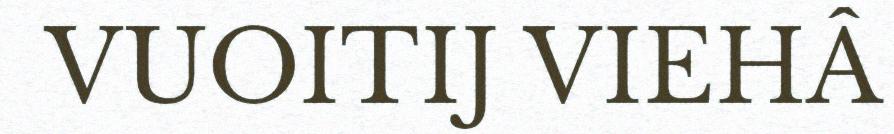
VUOITIJ VIEHÂ